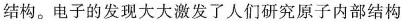
结构。电子的发现大大激发了人们研究原子内部结构